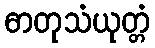
ဓာတုသံယုတ္တံ